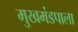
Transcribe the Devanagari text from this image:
मुखमंडपाला